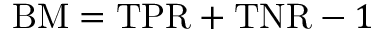
\mathrm { B M } = \mathrm { T P R } + \mathrm { T N R } - 1